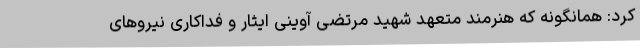
کرد: همانگونه که هنرمند متعهد شهید مرتضی آوینی ایثار و فداکاری نیروهای